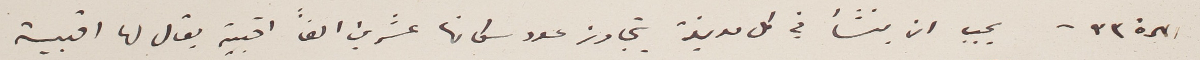
المادة ٣٣ - يجب ان ينشأ في كل مدينة يتجاوز عدد سكانها عشرين الفاً اقبية يقال لها اقبية